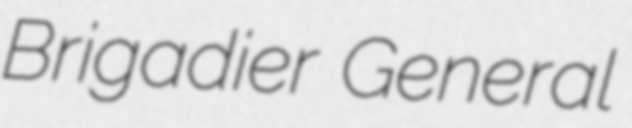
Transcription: Brigadier General